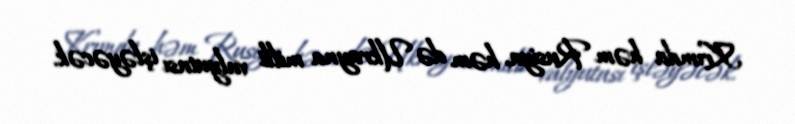
Krımda həm Rusiya, həm də Ukrayna milli valyutası işləyəcək.